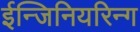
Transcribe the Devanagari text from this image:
ईन्जिनियरिन्ग